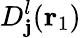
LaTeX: D_{\mathbf{j}}^{l}({\mathbf{{r}}_{1}})